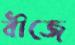
বীজে